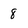
Character: 8